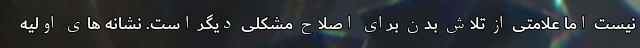
نیست اما علامتی از تلاش بدن برای اصلاح مشکلی دیگر است. نشانه های اولیه